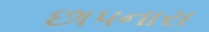
છાપનારા